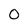
Character: 0